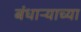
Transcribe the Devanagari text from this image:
बंधाऱ्याच्या